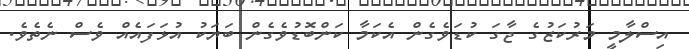
އިސްލާމީ މަރުކަޒުގެ ޖާގަ ކުޑަވެގެން އެކަމާ ކަންބޮޑުވެގެން ބަޔަކު އުޅަފައެއް ވެސް ނެތެވެ.